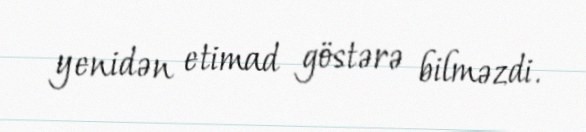
yenidən etimad göstərə bilməzdi.